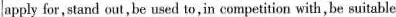
apply for,stand out,be used to, in competition with, be suitable